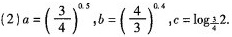
(2) $$a=(\frac{3}{4})^{0.5},b=(\frac{4}{3})^{0.4},c= \log _{\frac{3}{4}}2$$.